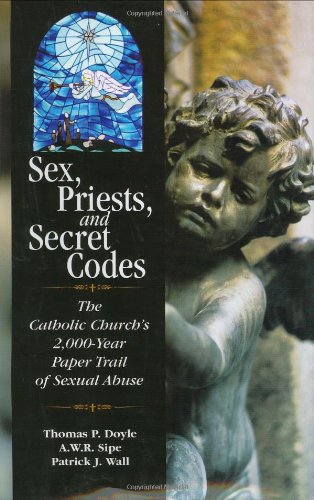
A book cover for Sex, Priests, and Secret Codes: The Catholic Church's 2,000 Year Paper Trail of Sexual Abuse; Thomas P. Doyle; Christian Books & Bibles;